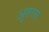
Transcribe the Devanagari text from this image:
अुतरले